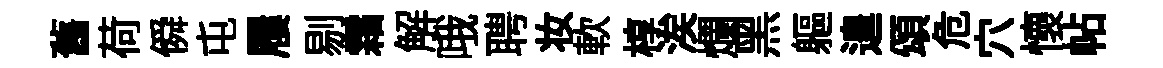
舊荷僢屯屨剔霜解哦聘妆軟椁涘爛黑軀遑頌危穴懷帖